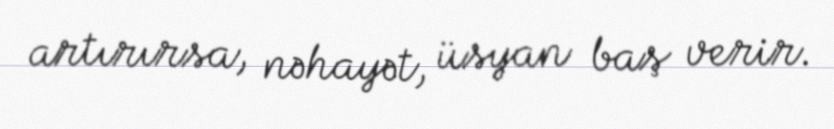
artırırsa, nəhayət, üsyan baş verir.